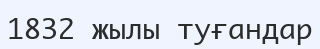
1832 жылы туғандар